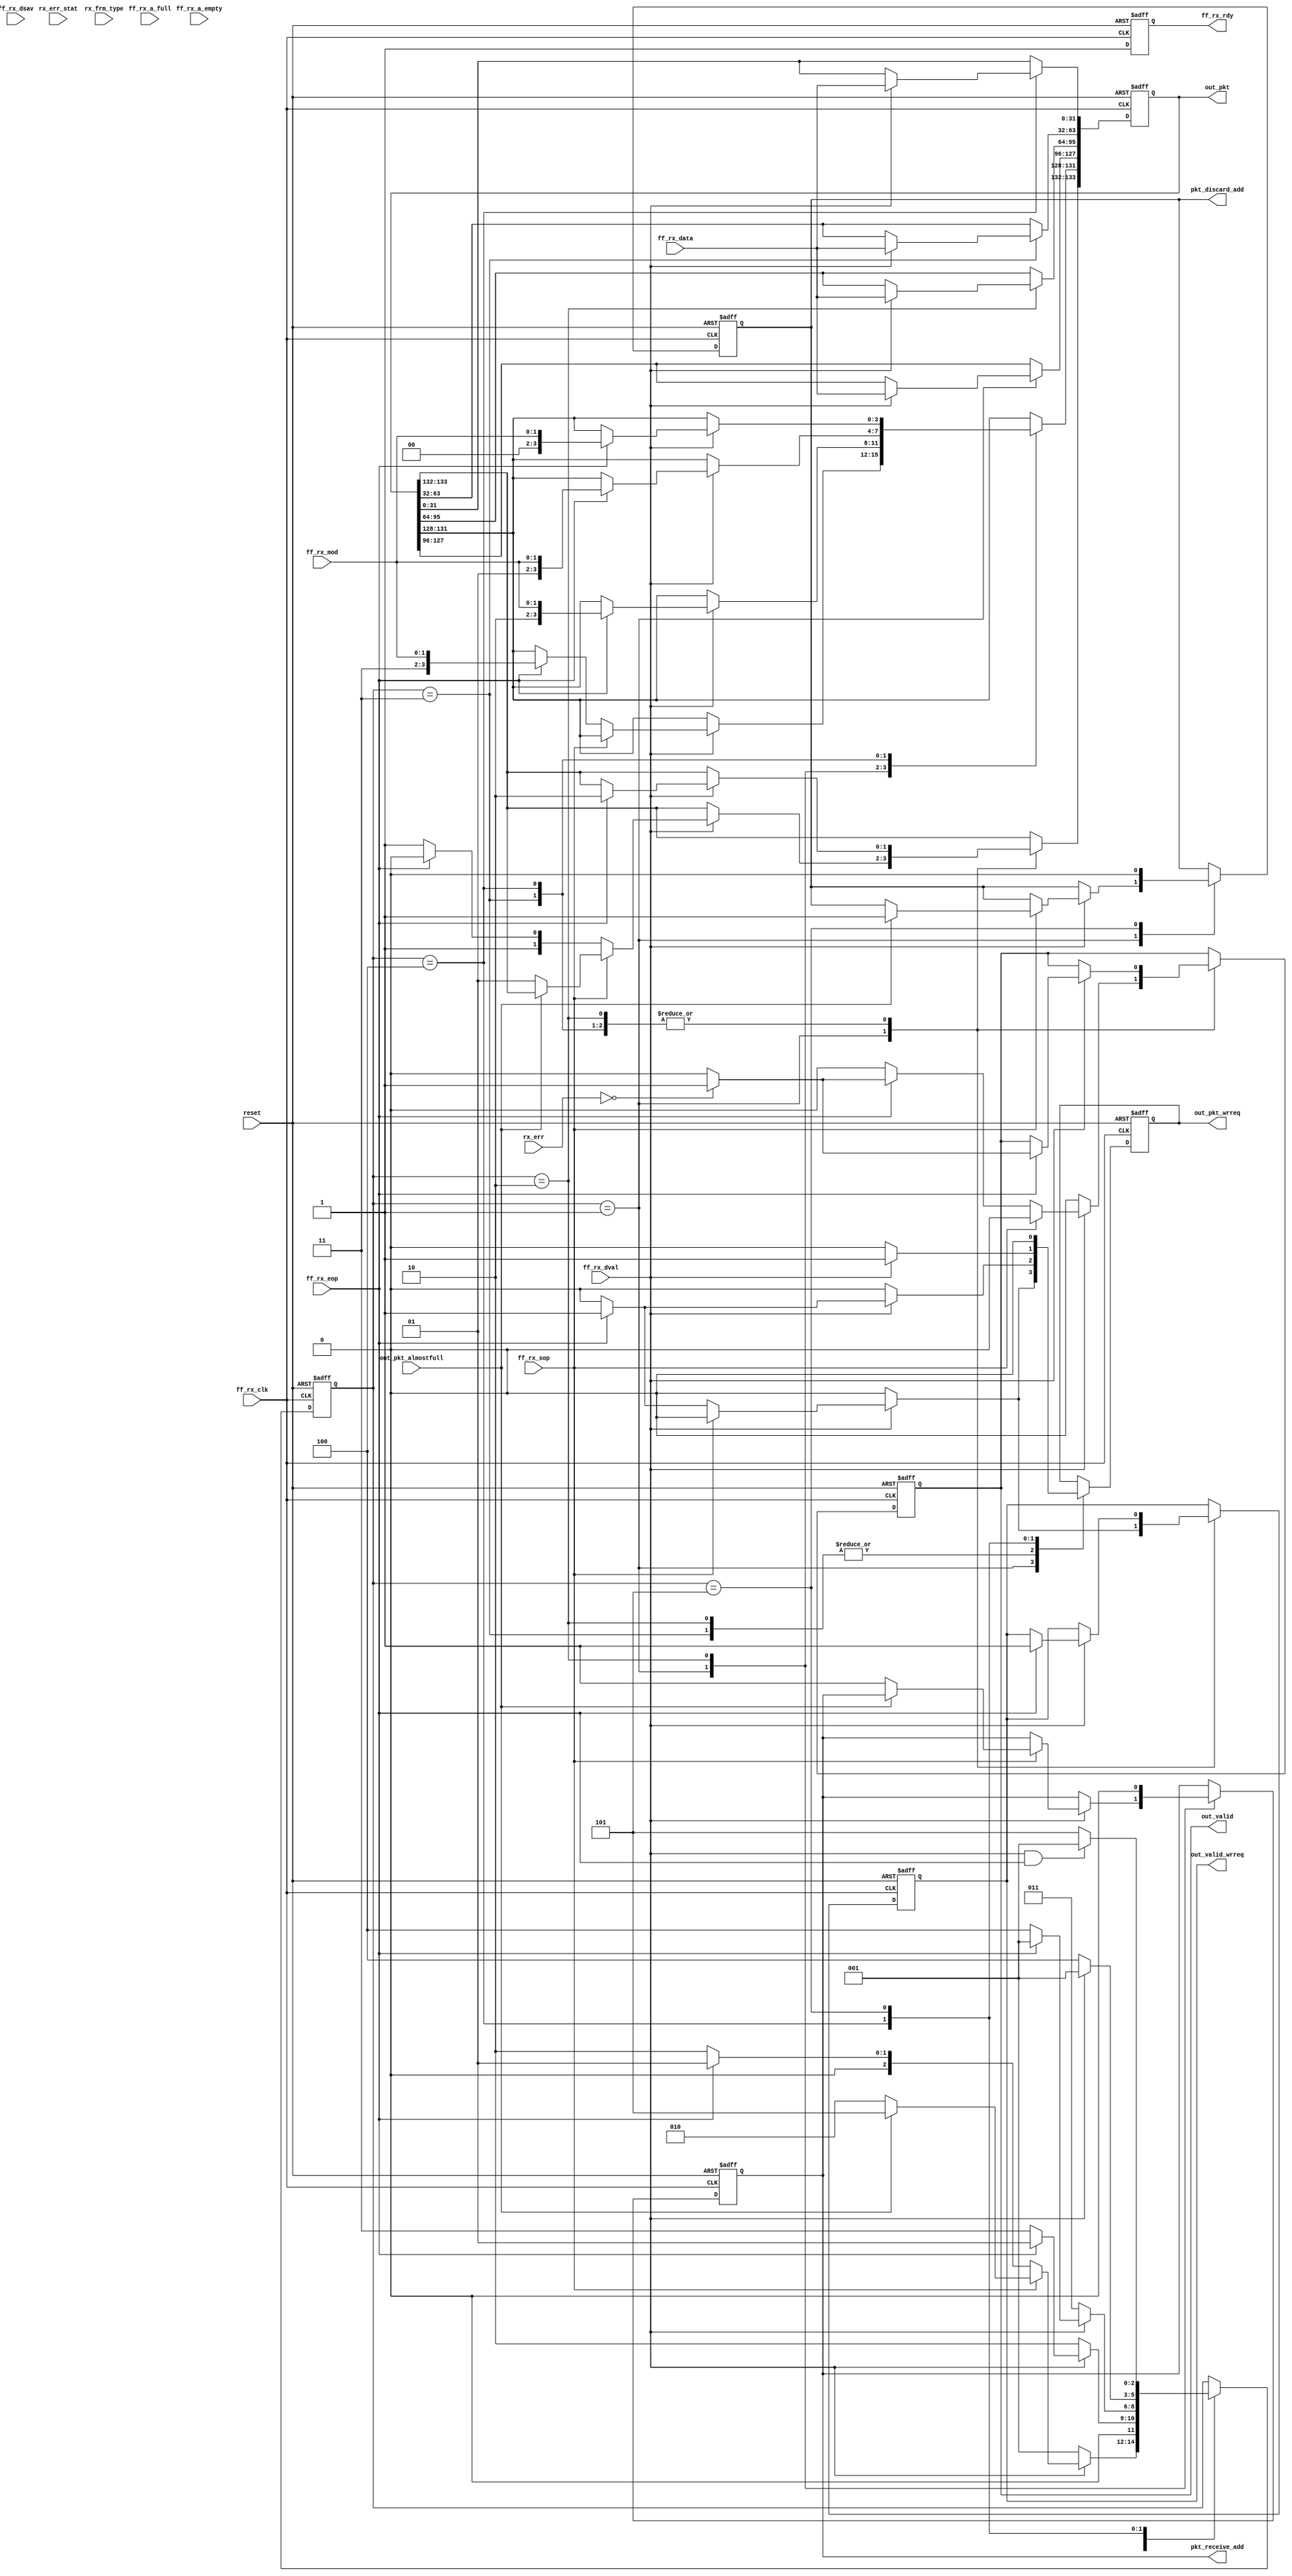
// ****************************************************************************
// Copyright		: 	NUDT.
// ============================================================================
// AUTHOR'S EMAIL	:	13973184419@163.com
// AUTHOR'S TEL		:	
// ============================================================================
// RELEASE 	HISTORY		-------------------------------------------------------
// VERSION 			DATE				AUTHOR				DESCRIPTION
// 1.0	   		2013-12-03		ZengQiang			Original Verison
// ============================================================================
// KEYWORDS 		: 	N/A
// ----------------------------------------------------------------------------
// PURPOSE 			: 	MAC core  output 8bit pkt format transform 134bit pkt format
// ----------------------------------------------------------------------------
// ============================================================================
// REUSE ISSUES
// Reset Strategy	:	Async clear,active high
// Clock Domains	:	ff_rx_clk
// Critical TiminG	:	N/A
// Instantiations	:	N/A
// Synthesizable	:	N/A
// Others			:	N/A
// ****************************************************************************


module SGMII_RX
(reset,
ff_rx_clk,	
ff_rx_rdy,
ff_rx_data,
ff_rx_mod,
ff_rx_sop,
ff_rx_eop,
rx_err,	
rx_err_stat,
rx_frm_type,
ff_rx_dsav,
ff_rx_dval,
ff_rx_a_full,
ff_rx_a_empty,

pkt_receive_add,
pkt_discard_add,

out_pkt_wrreq,
out_pkt,
out_pkt_almostfull,
out_valid_wrreq,
out_valid
);

input					reset;
input					ff_rx_clk;
output				ff_rx_rdy;
input		[31:0]	ff_rx_data;
input		[1:0]		ff_rx_mod;
input					ff_rx_sop;
input					ff_rx_eop;
input		[5:0]		rx_err;
input		[17:0]	rx_err_stat;
input		[3:0]		rx_frm_type;
input					ff_rx_dsav;
input					ff_rx_dval;
input					ff_rx_a_full;
input					ff_rx_a_empty;

output				pkt_receive_add;
output				pkt_discard_add;

output				out_pkt_wrreq;
output	[133:0]	out_pkt;
input					out_pkt_almostfull;
output				out_valid_wrreq;
output				out_valid;

reg					ff_rx_rdy;

reg					pkt_receive_add;
reg					pkt_discard_add;

reg					out_pkt_wrreq;
reg		[133:0]	out_pkt;
reg					out_valid_wrreq;
reg					out_valid;
reg [2:0]current_state;
parameter 	
				transmit_byte0_s	=	3'b001,
				transmit_byte1_s	=	3'b010,
				transmit_byte2_s	=	3'b011,
				transmit_byte3_s	=	3'b100,
				discard_s			=	3'b101;

				
always@(posedge ff_rx_clk or negedge reset)
if(!reset)	begin
	ff_rx_rdy				<=	1'b0;
	out_pkt_wrreq			<=	1'b0;
	out_pkt					<=	134'b0;
	out_valid_wrreq		<=	1'b0;
	out_valid				<=	1'b0;
	pkt_receive_add		<=	1'b0;
	pkt_discard_add		<=	1'b0;
	current_state			<=	transmit_byte0_s;
	end
	else begin
		ff_rx_rdy				<=	1'b1;
		case(current_state)
			transmit_byte0_s:	begin
				out_valid_wrreq	<=	1'b0;
				out_valid			<=	1'b0;
				out_pkt_wrreq		<=	1'b0;
				if(ff_rx_dval	==	1'b1)	begin//data valid 
					out_pkt[127:96]	<=	ff_rx_data;
					if(ff_rx_sop	==	1'b1)	begin	//pkt head					
						if(!out_pkt_almostfull)	begin//FIFO can receive a 1518B pkt
							out_pkt[133:132]	<=	2'b01;
							pkt_receive_add	<=	1'b1;
							current_state		<=	transmit_byte1_s;
							end
							else begin
								pkt_discard_add		<=	1'b1;
								current_state			<=	discard_s;
								end
							
						end
						else if(ff_rx_eop	==	1'b1)	begin//pkt tail
							out_pkt[133:132]	<=	2'b10;
							out_pkt[131:128]	<=	{2'b11,ff_rx_mod[1:0]};
							out_pkt_wrreq		<=	1'b1;
							current_state		<=	transmit_byte0_s;
							if(rx_err	==	6'b0)	begin//pkt error
								out_valid_wrreq	<=	1'b1;
								out_valid			<=	1'b1;
								end
								else	begin
									out_valid_wrreq	<=	1'b1;
									out_valid			<=	1'b0;
									end
							
							end
							else	begin
								out_pkt[133:132]	<=	2'b11;
								current_state		<=	transmit_byte1_s;
								end							
					end
					else	begin
						current_state			<=	transmit_byte0_s;
						end											
				end
			transmit_byte1_s:	begin
				out_pkt_wrreq		<=	1'b0;
				pkt_receive_add	<=	1'b0;
				if(ff_rx_dval	==	1'b1)	begin//data valid
					out_pkt[95:64]	<=	ff_rx_data;
					if(ff_rx_eop	==	1'b1)	begin//pkt head
							out_pkt[133:132]	<=	2'b10;
							out_pkt[131:128]	<=	{2'b10,ff_rx_mod[1:0]};
							out_pkt_wrreq		<=	1'b1;
							current_state		<=	transmit_byte0_s;
							if(rx_err	==	6'b0)	begin//pkt error
								out_valid_wrreq	<=	1'b1;
								out_valid			<=	1'b1;
								end
								else	begin
									out_valid_wrreq	<=	1'b1;
									out_valid			<=	1'b0;
									end							
							end
							else	begin
								current_state		<=	transmit_byte2_s;
								end
							
					end
					else	begin
						current_state			<=	transmit_byte1_s;
						end											
				end
			transmit_byte2_s:	begin
				out_pkt_wrreq		<=	1'b0;
				if(ff_rx_dval	==	1'b1)	begin
					out_pkt[63:32]	<=	ff_rx_data;
					if(ff_rx_eop	==	1'b1)	begin
							out_pkt[133:132]	<=	2'b10;
							out_pkt[131:128]	<=	{2'b01,ff_rx_mod[1:0]};
							out_pkt_wrreq		<=	1'b1;
							if(rx_err	==	6'b0)	begin
								out_valid_wrreq	<=	1'b1;
								out_valid			<=	1'b1;
								end
								else	begin
									out_valid_wrreq	<=	1'b1;
									out_valid			<=	1'b0;
									end
							current_state		<=	transmit_byte0_s;
							end
							else	begin
								current_state		<=	transmit_byte3_s;
								end
							
					end
					else	begin
						current_state			<=	transmit_byte2_s;
						end											
				end
			transmit_byte3_s:	begin
				out_pkt_wrreq		<=	1'b0;
				if(ff_rx_dval	==	1'b1)	begin
					out_pkt[31:0]	<=	ff_rx_data;
					if(ff_rx_eop	==	1'b1)	begin
							out_pkt[133:132]	<=	2'b10;
							out_pkt[131:128]	<=	{2'b00,ff_rx_mod[1:0]};
							out_pkt_wrreq		<=	1'b1;
							current_state		<=	transmit_byte0_s;
							if(rx_err	==	6'b0)	begin
								out_valid_wrreq	<=	1'b1;
								out_valid			<=	1'b1;
								end
								else	begin
									out_valid_wrreq	<=	1'b1;
									out_valid			<=	1'b0;
									end							
							end
							else	begin
								out_pkt_wrreq		<=	1'b1;
								current_state		<=	transmit_byte0_s;
								end
							
					end
					else	begin
						current_state			<=	transmit_byte3_s;
						end											
				end
			
			discard_s:begin
				out_pkt_wrreq		<=	1'b0;
				pkt_discard_add	<=	1'b0;
				if((ff_rx_dval	==	1'b1)&&(ff_rx_eop	==	1'b1))begin
					current_state		<=	transmit_byte0_s;
					end
					else	begin
						current_state		<=	discard_s;
						end
				end
			endcase
		end
endmodule